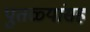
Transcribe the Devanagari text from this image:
पुतळ्यांसह